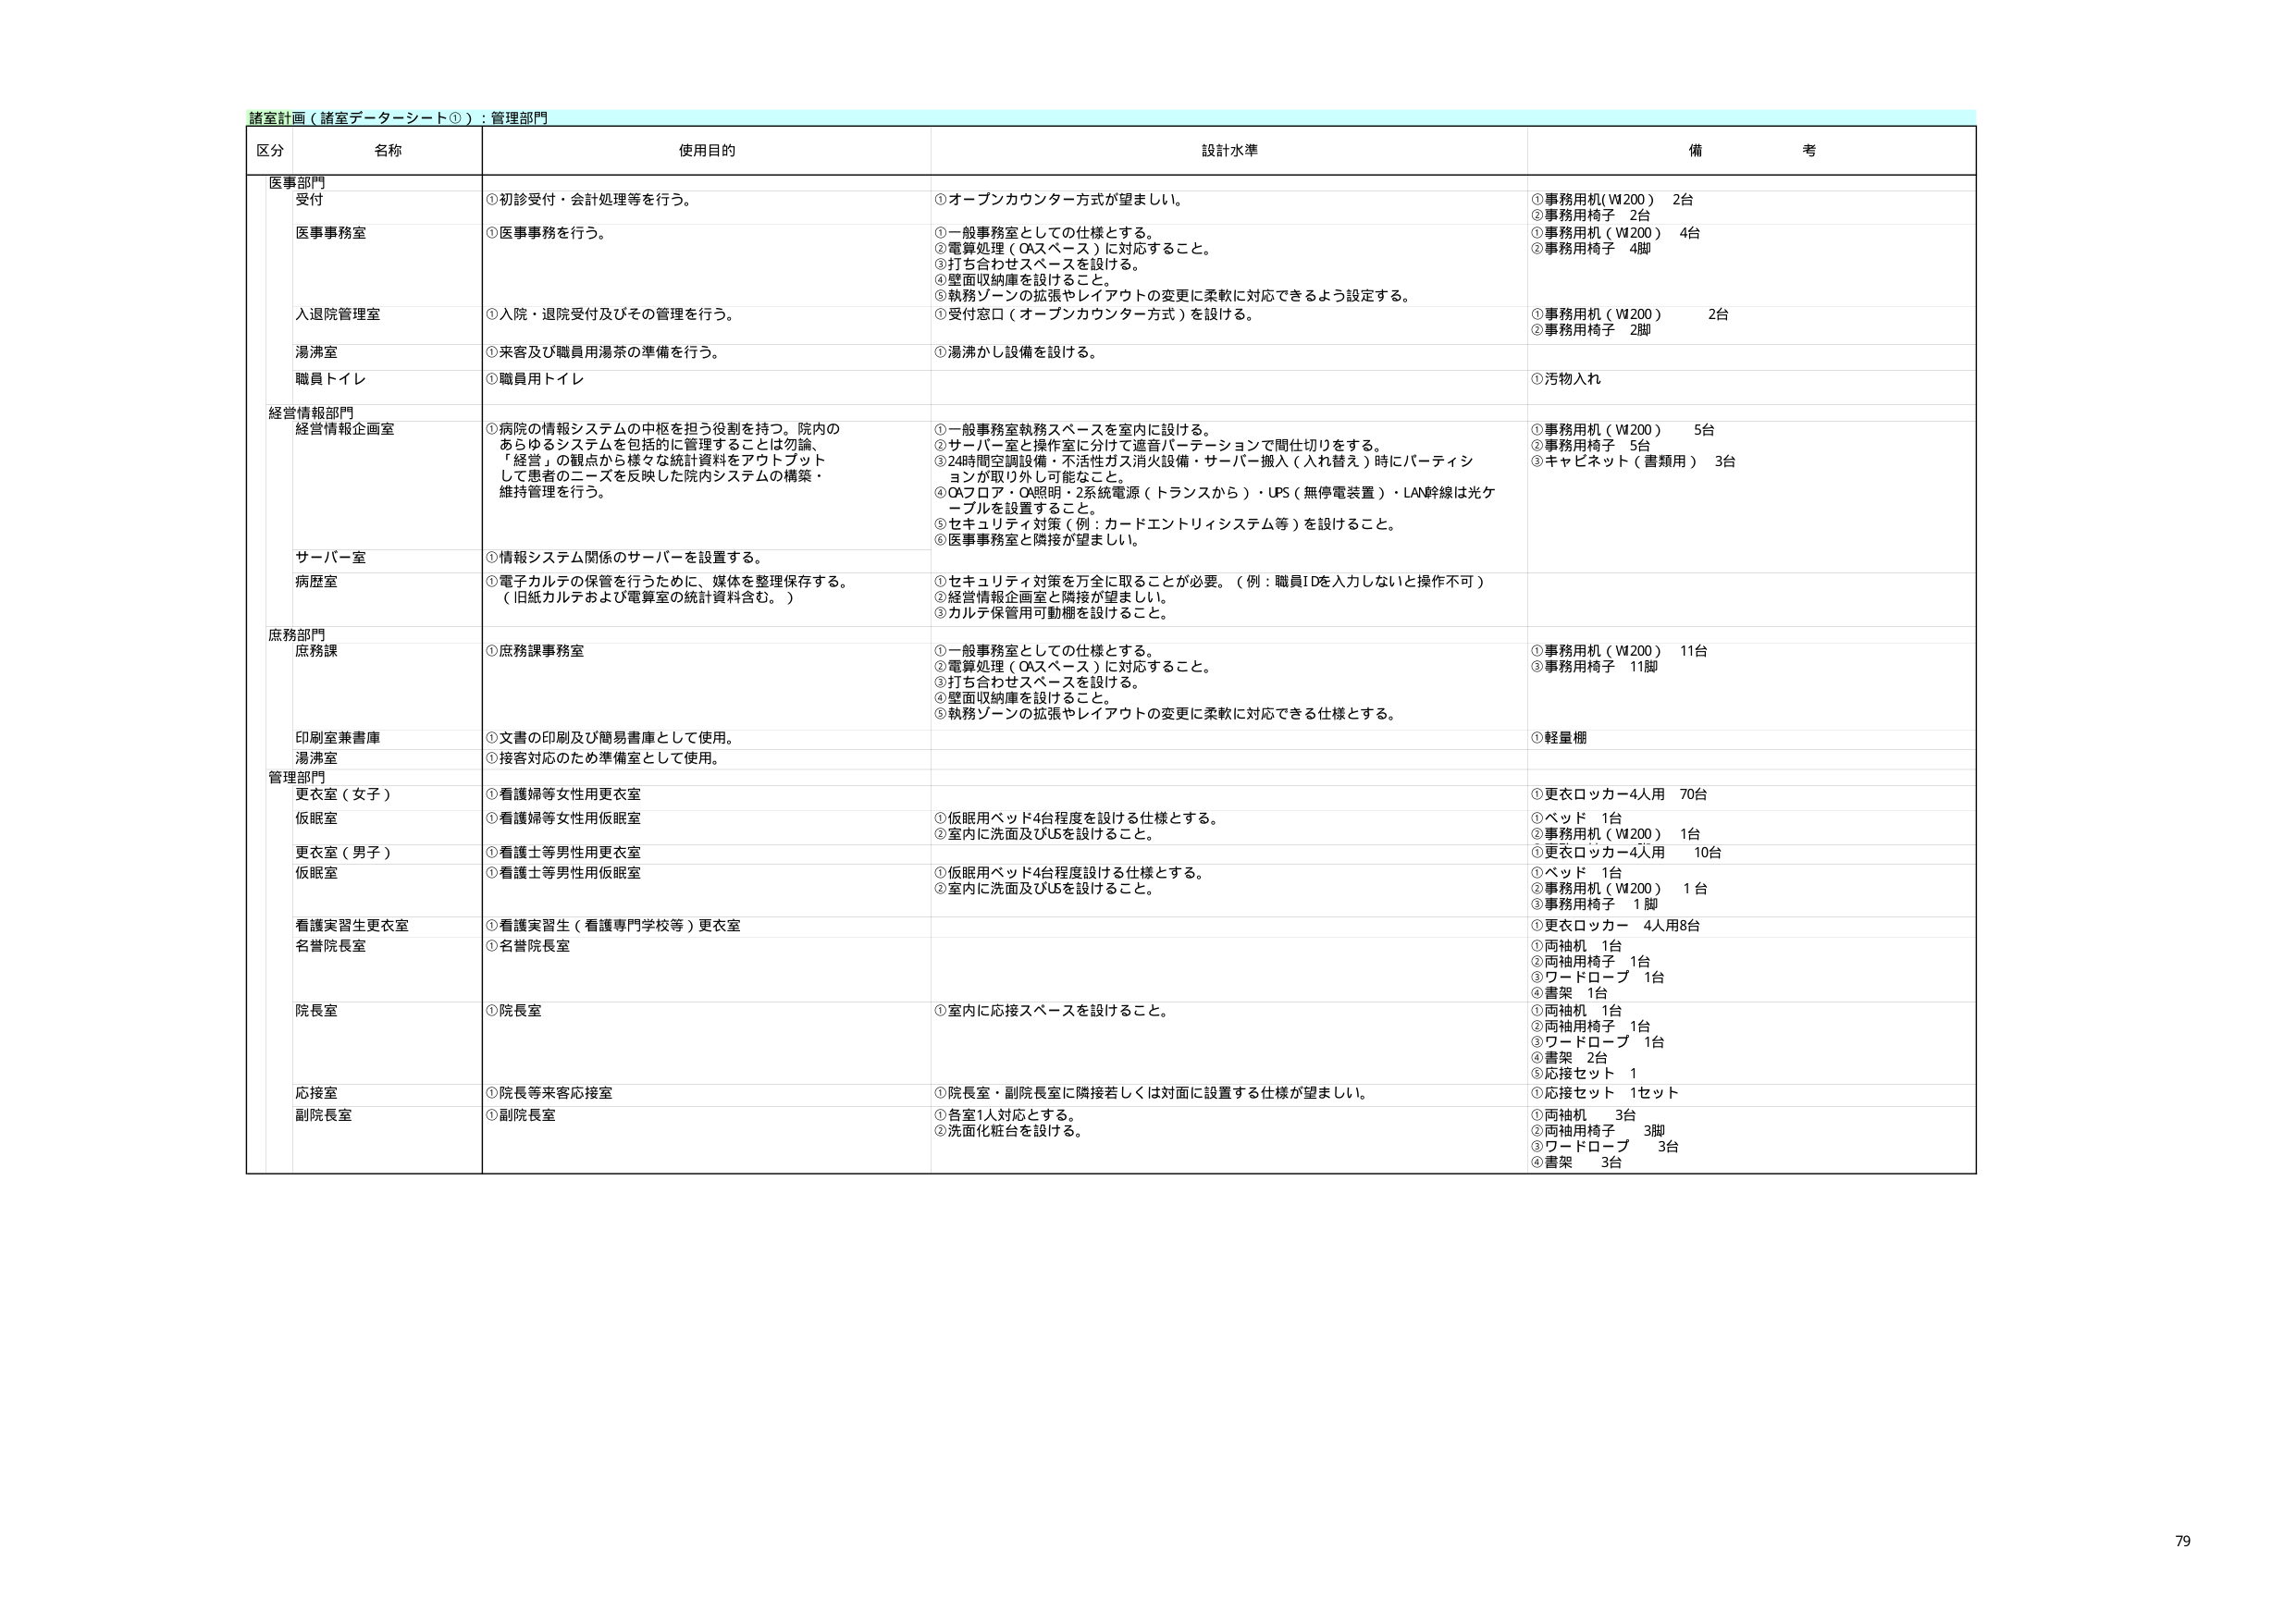
諸室計画（諸室データシート①）：管理部門

区分 名称 使用目的 設計水準 備考

医事部門
受付 ①初診受付・会計処理等を行う。 ①オープンカウンター方式が望ましい。 ①事務用机（W200） 2台
②事務用椅子 2台

医事事務室 ①医事事務を行う。 ①一般事務室としての仕様とする。
②電算処理（OAスペース）に対応すること。
③打ち合わせスペースを設ける。
④壁面収納庫を設けること。
⑤執務ゾーンの拡張やレイアウトの変更に柔軟に対応できるよう設定する。 ①事務用机（W200） 4台
②事務用椅子 4脚

入退院管理室 ①入院・退院受付及びその管理を行う。 ①受付窓口（オープンカウンター方式）を設ける。 ①事務用机（W200） 2台
②事務用椅子 2脚

湯沸室 ①来客及び職員用湯茶の準備を行う。 ①湯沸かし設備を設ける。

職員トイレ ①職員用トイレ ①汚物入れ

経営情報部門
経営情報企画室 ①病院の情報システムの中核を担う役割を持つ。院内のあらゆるシステムを包括的に管理することは勿論、「経営」の観点から様々な統計資料をアウトプットして患者のニーズを反映した院内システムの構築・維持管理を行う。 ①一般事務室執務スペースを室内に設ける。
②サーバー室と操作室に分けて遮音パーテーションで間仕切りをする。
③24時間空調設備・不活性ガス消火設備・サーバー搬入（入れ替え）時にパーティションが取り外し可能なこと。
④OAフロア・OA照明・2系統電源（トランスから）・UPS（無停電装置）・LAN幹線は光ケーブルを設置すること。
⑤セキュリティ対策（例：カードエントリィシステム等）を設けること。
⑥医事事務室と隣接が望ましい。 ①事務用机（W200） 5台
②事務用椅子 5台
③キャビネット（書類用） 3台

サーバー室 ①情報システム関係のサーバーを設置する。

病歴室 ①電子カルテの保管を行うために、媒体を整理保存する。（旧紙カルテおよび電算室の統計資料含む。） ①セキュリティ対策を万全に取ることが必要。（例：職員IDを入力しないと操作不可）
②経営情報企画室と隣接が望ましい。
③カルテ保管用可動棚を設けること。

庶務部門
庶務課 ①庶務課事務室 ①一般事務室としての仕様とする。
②電算処理（OAスペース）に対応すること。
③打ち合わせスペースを設ける。
④壁面収納庫を設けること。
⑤執務ゾーンの拡張やレイアウトの変更に柔軟に対応できる仕様とする。 ①事務用机（W200） 11台
③事務用椅子 11脚

印刷室兼書庫 ①文書の印刷及び簡易書庫として使用。 ①軽量棚

湯沸室 ①接客対応のため準備室として使用。

管理部門
更衣室（女子） ①看護婦等女性用更衣室 ①更衣ロッカー4人用 70台

仮眠室 ①看護婦等女性用仮眠室 ①仮眠用ベッド4台程度を設ける仕様とする。
②室内に洗面及びUSを設けること。 ①ベッド 1台
②事務用机（W200） 1台
③更衣ロッカー4人用 10台

更衣室（男子） ①看護士等男性用更衣室

仮眠室 ①看護士等男性用仮眠室 ①仮眠用ベッド4台程度設ける仕様とする。
②室内に洗面及びUSを設けること。 ①ベッド 1台
②事務用机（W200） 1台
③事務用椅子 1脚

看護実習生更衣室 ①看護実習生（看護専門学校等）更衣室 ①更衣ロッカー 4人用8台

名誉院長室 ①名誉院長室 ①両袖机 1台
②両袖用椅子 1台
③ワードローブ 1台
④書架 1台

院長室 ①院長室 ①室内に応接スペースを設けること。 ①両袖机 1台
②両袖用椅子 1台
③ワードローブ 1台
④書架 2台
⑤応接セット 1

応接室 ①院長等来客応接室 ①院長室・副院長室に隣接若しくは対面に設置する仕様が望ましい。 ①応接セット 1セット

副院長室 ①副院長室 ①各室1人対応とする。
②洗面化粧台を設ける。 ①両袖机 3台
②両袖用椅子 3脚
③ワードローブ 3台
④書架 3台

79